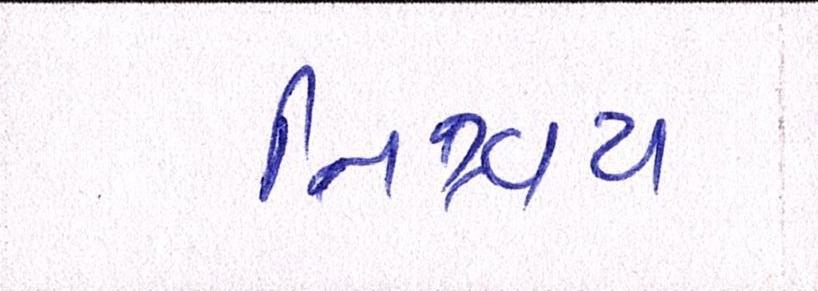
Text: નિશ્ચય